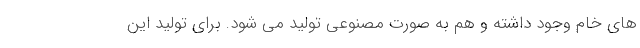
های خام وجود داشته و هم به صورت مصنوعی تولید می شود. برای تولید این